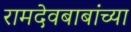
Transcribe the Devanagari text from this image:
रामदेवबाबांच्या